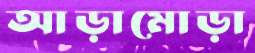
আড়ামোড়া